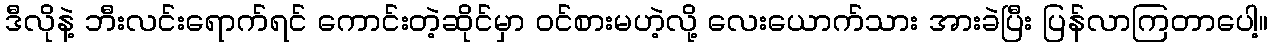
ဒီလိုနဲ့ ဘီးလင်းရောက်ရင် ကောင်းတဲ့ဆိုင်မှာ ဝင်စားမဟဲ့လို့ လေးယောက်သား အားခဲပြီး ပြန်လာကြတာပေါ့။